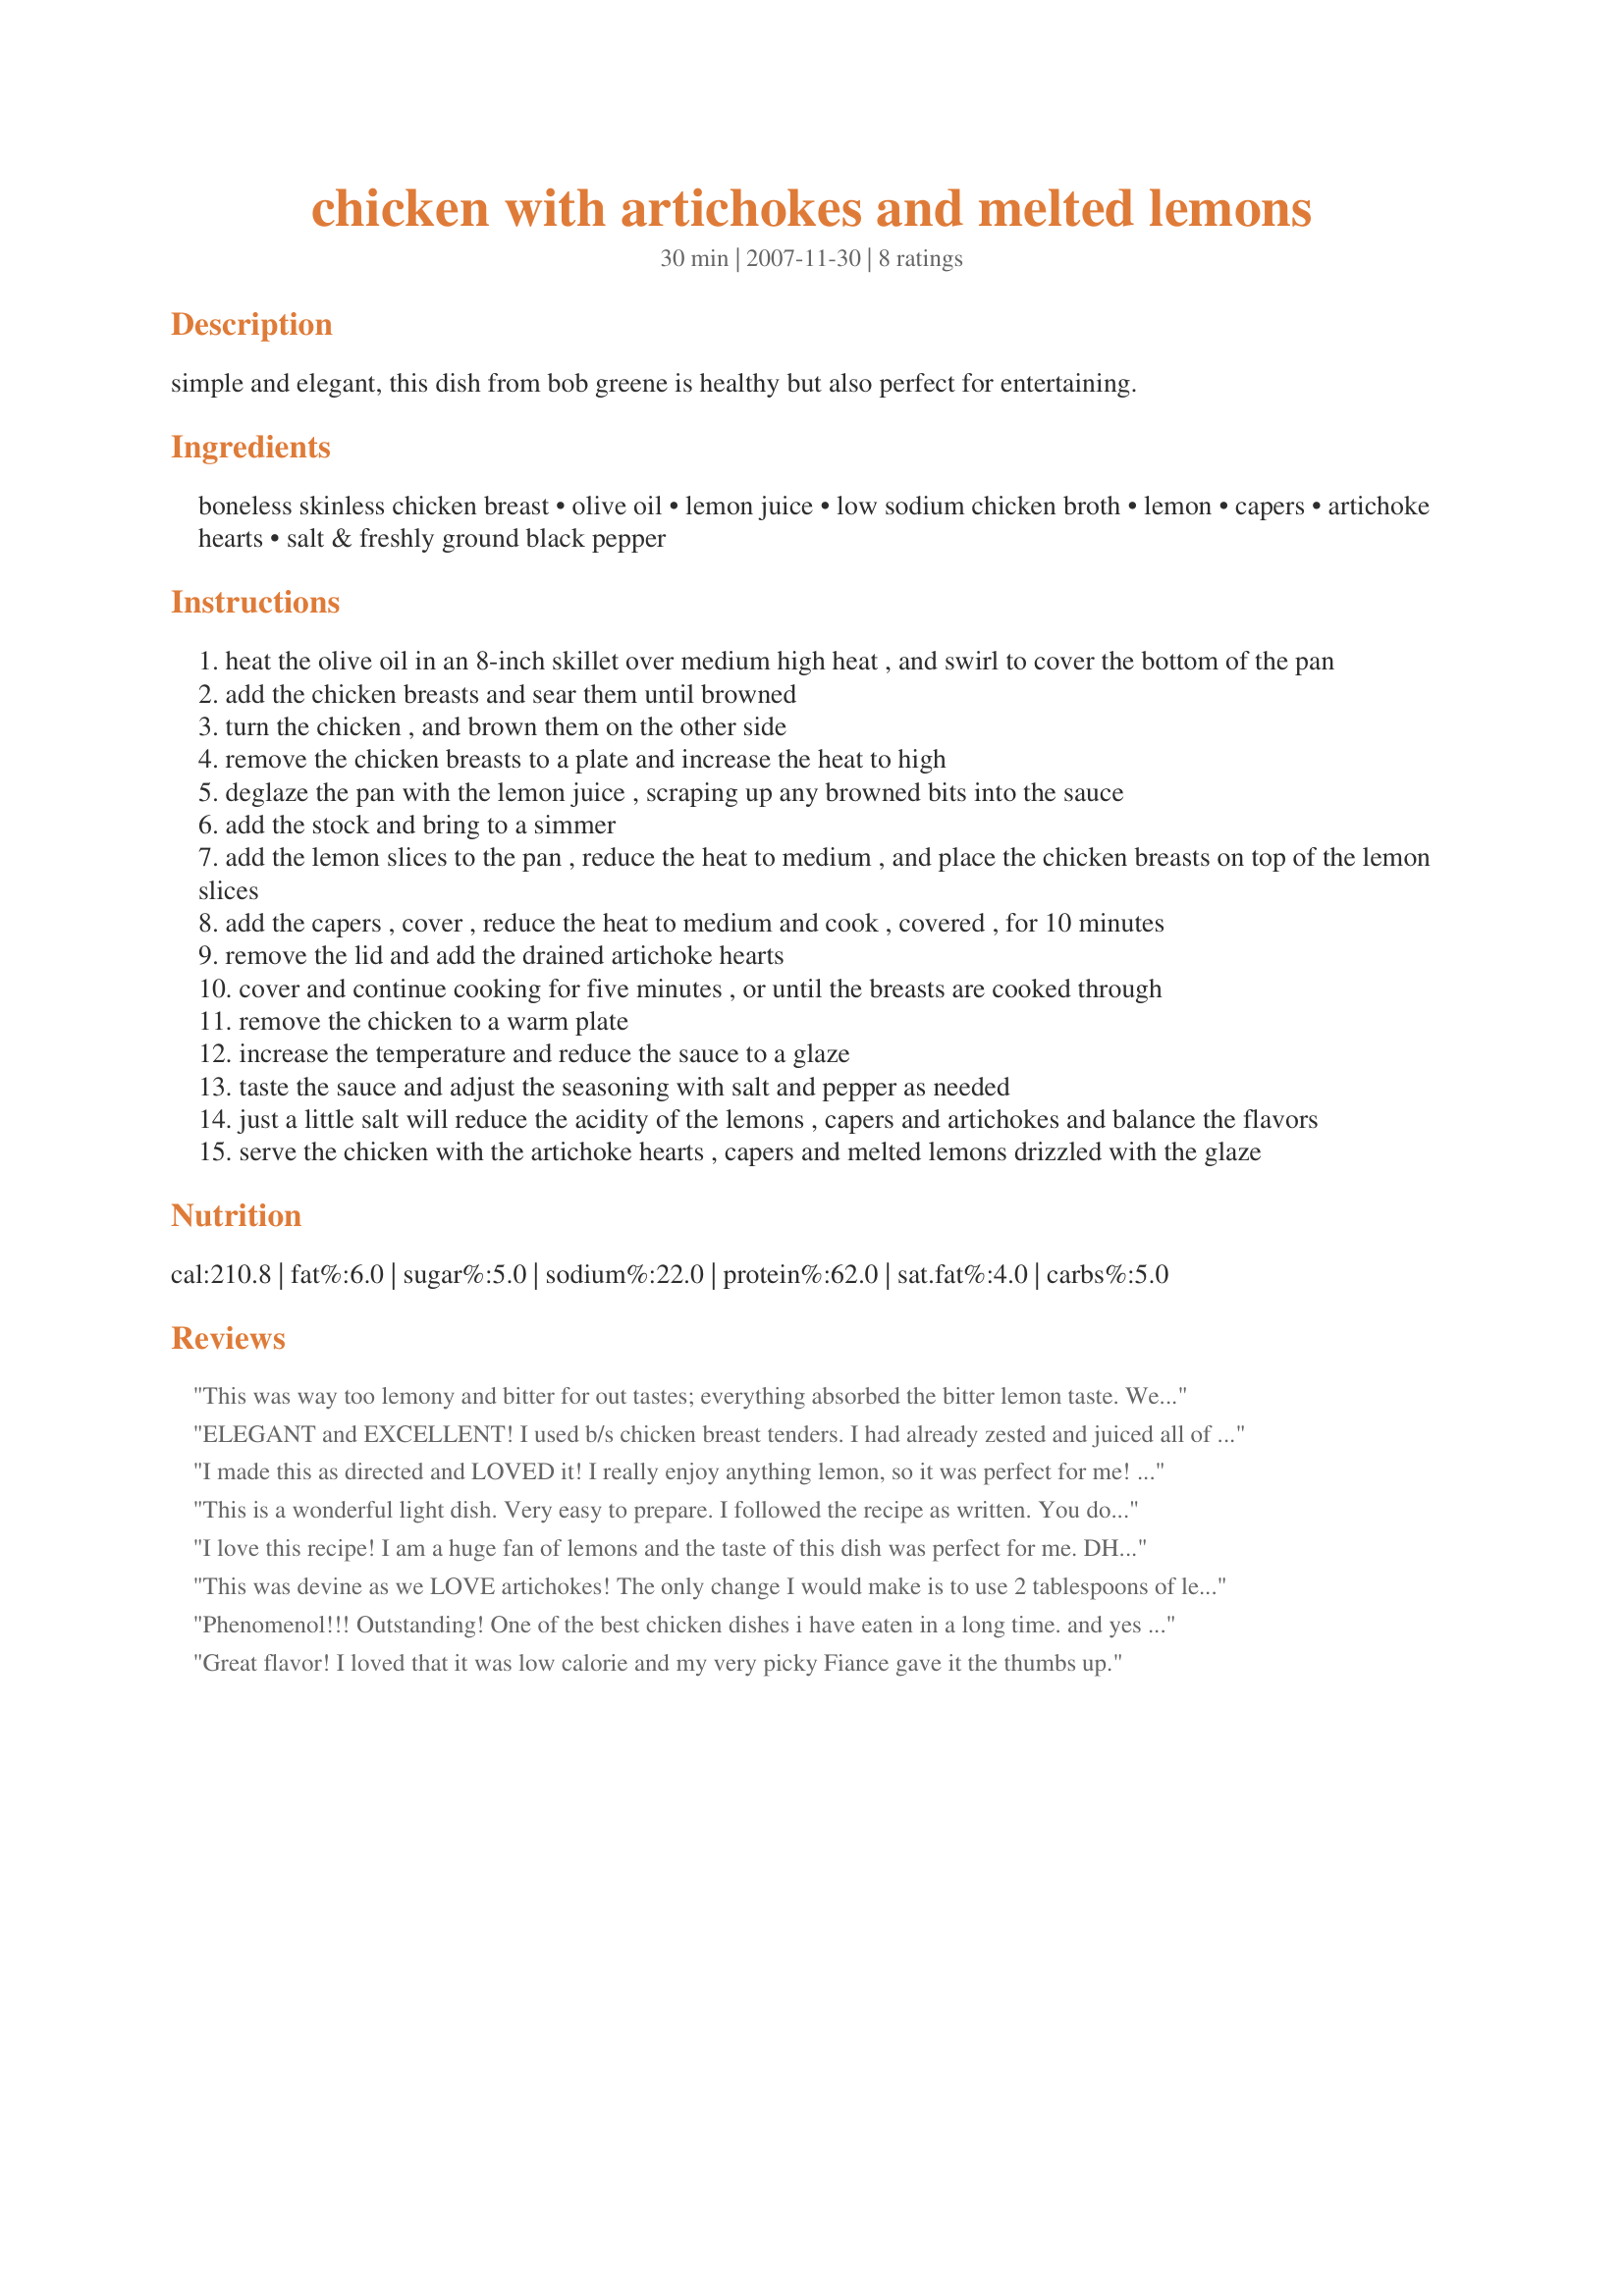
chicken with artichokes and melted lemons
Preparation time: 30 minutes

simple and elegant, this dish from bob greene is healthy but also perfect for entertaining.

Ingredients:
boneless skinless chicken breast, olive oil, lemon juice, low sodium chicken broth, lemon, capers, artichoke hearts, salt & freshly ground black pepper

Steps:
heat the olive oil in an 8-inch skillet over medium high heat , and swirl to cover the bottom of the pan
add the chicken breasts and sear them until browned
turn the chicken , and brown them on the other side
remove the chicken breasts to a plate and increase the heat to high
deglaze the pan with the lemon juice , scraping up any browned bits into the sauce
add the stock and bring to a simmer
add the lemon slices to the pan , reduce the heat to medium , and place the chicken breasts on top of the lemon slices
add the capers , cover , reduce the heat to medium and cook , covered , for 10 minutes
remove the lid and add the drained artichoke hearts
cover and continue cooking for five minutes , or until the breasts are cooked through
remove the chicken to a warm plate
increase the temperature and reduce the sauce to a glaze
taste the sauce and adjust the seasoning with salt and pepper as needed
just a little salt will reduce the acidity of the lemons , capers and artichokes and balance the flavors
serve the chicken with the artichoke hearts , capers and melted lemons drizzled with the glaze

Reviews:
This was way too lemony and bitter for out tastes; everything absorbed the bitter lemon taste. We never throw out leftovers but had to for this dish. Perhaps just omitting the sliced lemons would work; surely the rinds contributed to the bitterness.
ELEGANT and EXCELLENT! I used b/s chicken breast tenders. I had already zested and juiced all of my lemons so I used those in place of lemon slices. It worked out just fine. Very nice tangy flavor but not too tangy and not bitter. I served it alongside some chilled lemon dijon asparagus for a wonderful lemony green dinner. Some sliced fresh tomatoes would be great with this! Made for the Please Review tag game.
I made this as directed and LOVED it! I really enjoy anything lemon, so it was perfect for me! Also love artichokes - so this dish is right up my alley! Will make this again! Thanks for posting! **Made for March 2008 Aussie Recipe Swap**
This is a wonderful light dish. Very easy to prepare. I followed the recipe as written. You do need to adjust the seasoning when reducing the sauce. Absolutely delicious!
I love this recipe! I am a huge fan of lemons and the taste of this dish was perfect for me. DH complained about the strong lemony taste, so next time I probably will only use half of the lemon juice and cut up only half of one lemon. This is a total keeper though, thank you for posting this!
This was devine as we LOVE artichokes! The only change I would make is to use 2 tablespoons of lemon juice versus 3...just a personal preference. Served it with rice and a ceasar salad. Will make this again! Thanks for the great recipe!
Phenomenol!!! Outstanding! One of the best chicken dishes i have eaten in a long time.

and yes the lemons do "melt" :)
Great flavor! I loved that it was low calorie and my very picky Fiance gave it the thumbs up.
